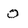
Character: 0